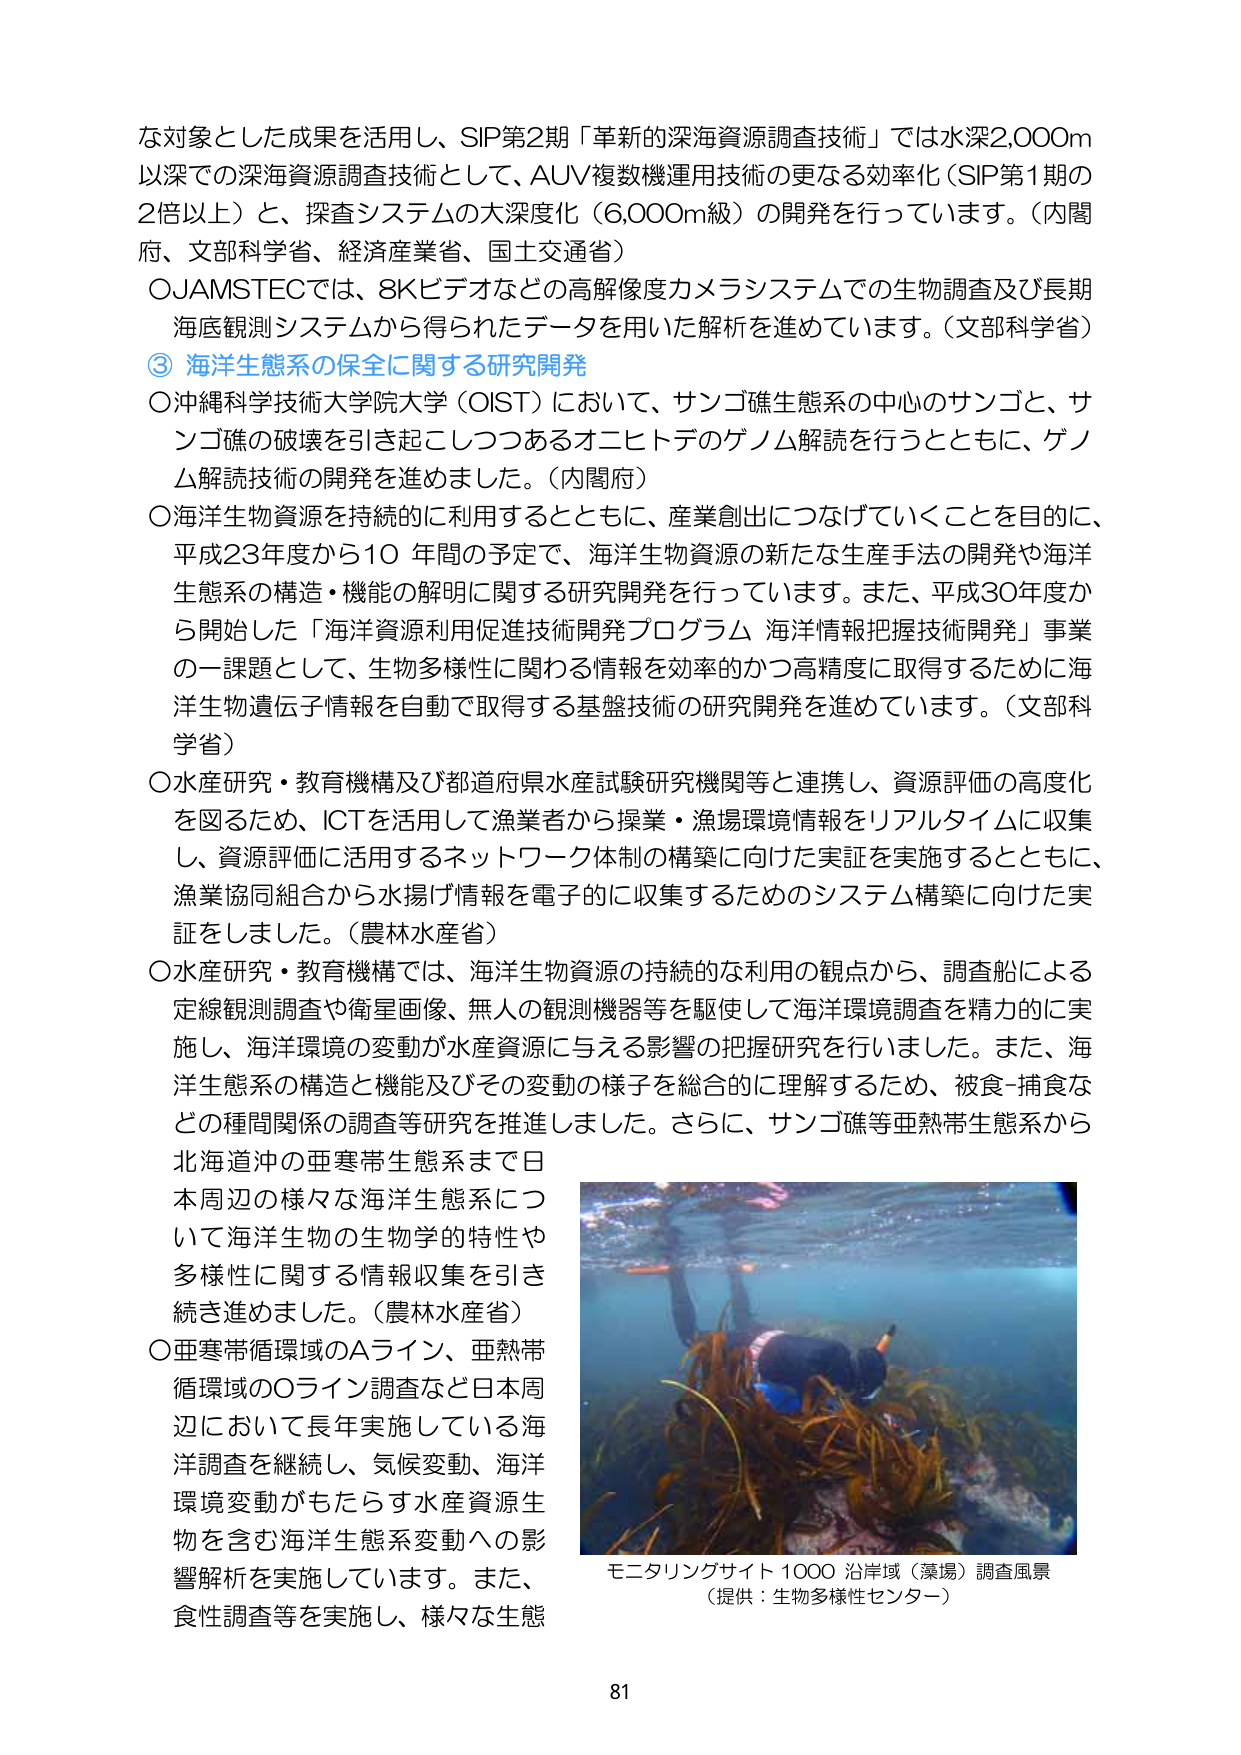
な対象とした成果を活用し、SIP第2期「革新的深海資源調査技術」では水深2,000m以深での深海資源調査技術として、AUV複数機運用技術の更なる効率化（SIP第1期の2倍以上）と、探査システムの大深度化（6,000m級）の開発を行っています。（内閣府、文部科学省、経済産業省、国土交通省）

○JAMSTECでは、8Kビデオなどの高解像度カメラシステムでの生物調査及び長期海底観測システムから得られたデータを用いた解析を進めています。（文部科学省）

③ 海洋生態系の保全に関する研究開発

○沖縄科学技術大学院大学（OIST）において、サンゴ礁生態系の中心のサンゴと、サンゴ礁の破壊を引き起こしつつあるオニヒトデのゲノム解読を行うとともに、ゲノム解読技術の開発を進めました。（内閣府）

○海洋生物資源を持続的に利用するとともに、産業創出につなげていくことを目的に、平成23年度から10年間の予定で、海洋生物資源の新たな生産手法の開発や海洋生態系の構造・機能の解明に関する研究開発を行っています。また、平成30年度から開始した「海洋資源利用促進技術開発プログラム 海洋情報把握技術開発」事業の一課題として、生物多様性に関わる情報を効率的かつ高精度に取得するために海洋生物遺伝子情報を自動で取得する基盤技術の研究開発を進めています。（文部科学省）

○水産研究・教育機構及び都道府県水産試験研究機関等と連携し、資源評価の高度化を図るため、ICTを活用して漁業者から操業・漁場環境情報をリアルタイムに収集し、資源評価に活用するネットワーク体制の構築に向けた実証を実施するとともに、漁業協同組合から水揚げ情報を電子的に収集するためのシステム構築に向けた実証をしました。（農林水産省）

○水産研究・教育機構では、海洋生物資源の持続的な利用の観点から、調査船による定線観測調査や衛星画像、無人の観測機器等を駆使して海洋環境調査を精力的に実施し、海洋環境の変動が水産資源に与える影響の把握研究を行いました。また、海洋生態系の構造と機能及びその変動の様子を総合的に理解するため、被食-捕食などの種間関係の調査等研究を推進しました。さらに、サンゴ礁等亜熱帯生態系から北海道沖の亜寒帯生態系まで日本周辺の様々な海洋生態系について海洋生物の生物学的特性や多様性に関する情報収集を引き続き進めました。（農林水産省）

○亜寒帯循環域のAライン、亜熱帯循環域のOライン調査など日本周辺において長年実施している海洋調査を継続し、気候変動、海洋環境変動がもたらす水産資源生物を含む海洋生態系変動への影響解析を実施しています。また、食性調査等を実施し、様々な生態

モニタリングサイト1000 沿岸域（藻場）調査風景
（提供：生物多様性センター）

81